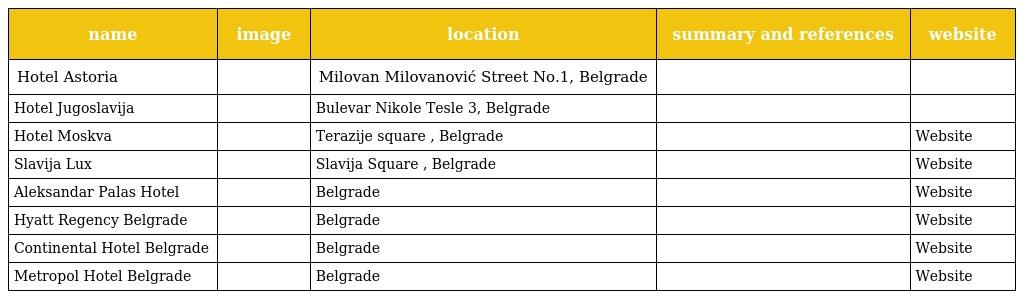
| name | image | location | summary and references | website |
 | --- | --- | --- | --- | --- |
 | Hotel Astoria |  | Milovan Milovanović Street No.1, Belgrade |  |  |
 | Hotel Jugoslavija |  | Bulevar Nikole Tesle 3, Belgrade |  |  |
 | Hotel Moskva |  | Terazije square , Belgrade |  | Website |
 | Slavija Lux |  | Slavija Square , Belgrade |  | Website |
 | Aleksandar Palas Hotel |  | Belgrade |  | Website |
 | Hyatt Regency Belgrade |  | Belgrade |  | Website |
 | Continental Hotel Belgrade |  | Belgrade |  | Website |
 | Metropol Hotel Belgrade |  | Belgrade |  | Website |